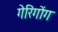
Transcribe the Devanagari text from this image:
गेरिंगोंग